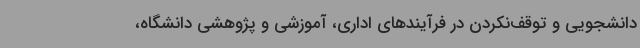
دانشجویی و توقف‌نکردن در فرآیندهای اداری، آموزشی و پژوهشی دانشگاه،